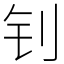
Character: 钊